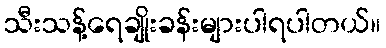
သီးသန့်ရေချိုးခန်းများပါရပါတယ်။